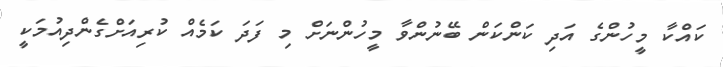
ކައްކާ މީހުންގެ އަދި ކަންކަން ބޭނުންވާ މީހުންނަށް މި ފަދަ ކަމެއް ކުރިއަށްގެންދިއުމަކީ